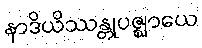
နာဒိယိဿန္တုပဇ္ဈာယေ